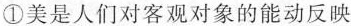
①美是人们对客观对象的能动反映